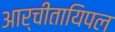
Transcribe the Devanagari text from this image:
आर्चीतायिपल